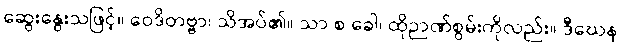
ဆွေးနွေးသဖြင့်။ ဝေဒိတဗ္ဗာ၊ သိအပ်၏။ သာ စ ခေါ၊ ထိုဉာဏ်စွမ်းကိုလည်း။ ဒီဃေန၊